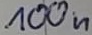
Text: 100n